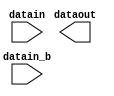
// megafunction wizard: %ALTIOBUF%VBB%
// GENERATION: STANDARD
// VERSION: WM1.0
// MODULE: altiobuf_in 

// ============================================================
// Megafunction Name(s):
// 			altiobuf_in
//
// Simulation Library Files(s):
// 			cyclonev
// ============================================================
// ************************************************************
// THIS IS A WIZARD-GENERATED FILE. DO NOT EDIT THIS FILE!
//
// 18.1.1 Build 646 04/11/2019 SJ Lite Edition
// ************************************************************

//Copyright (C) 2019  Intel Corporation. All rights reserved.
//Your use of Intel Corporation's design tools, logic functions 
//and other software and tools, and any partner logic 
//functions, and any output files from any of the foregoing 
//(including device programming or simulation files), and any 
//associated documentation or information are expressly subject 
//to the terms and conditions of the Intel Program License 
//Subscription Agreement, the Intel Quartus Prime License Agreement,
//the Intel FPGA IP License Agreement, or other applicable license
//agreement, including, without limitation, that your use is for
//the sole purpose of programming logic devices manufactured by
//Intel and sold by Intel or its authorized distributors.  Please
//refer to the applicable agreement for further details, at
//https://fpgasoftware.intel.com/eula.

module RX_BUFF (
	datain,
	datain_b,
	dataout)/* synthesis synthesis_clearbox = 1 */;

	input	[0:0]  datain;
	input	[0:0]  datain_b;
	output	[0:0]  dataout;

endmodule

// ============================================================
// CNX file retrieval info
// ============================================================
// Retrieval info: PRIVATE: INTENDED_DEVICE_FAMILY STRING "Cyclone V"
// Retrieval info: PRIVATE: SYNTH_WRAPPER_GEN_POSTFIX STRING "0"
// Retrieval info: LIBRARY: altera_mf altera_mf.altera_mf_components.all
// Retrieval info: CONSTANT: INTENDED_DEVICE_FAMILY STRING "Cyclone V"
// Retrieval info: CONSTANT: enable_bus_hold STRING "FALSE"
// Retrieval info: CONSTANT: number_of_channels NUMERIC "1"
// Retrieval info: CONSTANT: use_differential_mode STRING "TRUE"
// Retrieval info: CONSTANT: use_dynamic_termination_control STRING "FALSE"
// Retrieval info: USED_PORT: datain 0 0 1 0 INPUT NODEFVAL "datain[0..0]"
// Retrieval info: USED_PORT: datain_b 0 0 1 0 INPUT NODEFVAL "datain_b[0..0]"
// Retrieval info: USED_PORT: dataout 0 0 1 0 OUTPUT NODEFVAL "dataout[0..0]"
// Retrieval info: CONNECT: @datain 0 0 1 0 datain 0 0 1 0
// Retrieval info: CONNECT: @datain_b 0 0 1 0 datain_b 0 0 1 0
// Retrieval info: CONNECT: dataout 0 0 1 0 @dataout 0 0 1 0
// Retrieval info: GEN_FILE: TYPE_NORMAL RX_BUFF.v TRUE
// Retrieval info: GEN_FILE: TYPE_NORMAL RX_BUFF.inc TRUE
// Retrieval info: GEN_FILE: TYPE_NORMAL RX_BUFF.cmp TRUE
// Retrieval info: GEN_FILE: TYPE_NORMAL RX_BUFF.bsf TRUE
// Retrieval info: GEN_FILE: TYPE_NORMAL RX_BUFF_inst.v TRUE
// Retrieval info: GEN_FILE: TYPE_NORMAL RX_BUFF_bb.v TRUE
// Retrieval info: LIB_FILE: cyclonev